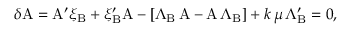
\delta \mathrm { A } = \mathrm { A } ^ { \prime } \xi _ { \mathrm { B } } + \xi _ { \mathrm { B } } ^ { \prime } \mathrm { A } - [ \Lambda _ { \mathrm { B } } \, \mathrm { A } - \mathrm { A \, } \Lambda _ { \mathrm { B } } ] + k \, \mu \, \Lambda _ { \mathrm { B } } ^ { \prime } = 0 ,